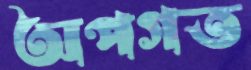
অপগত